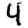
Digit: 4